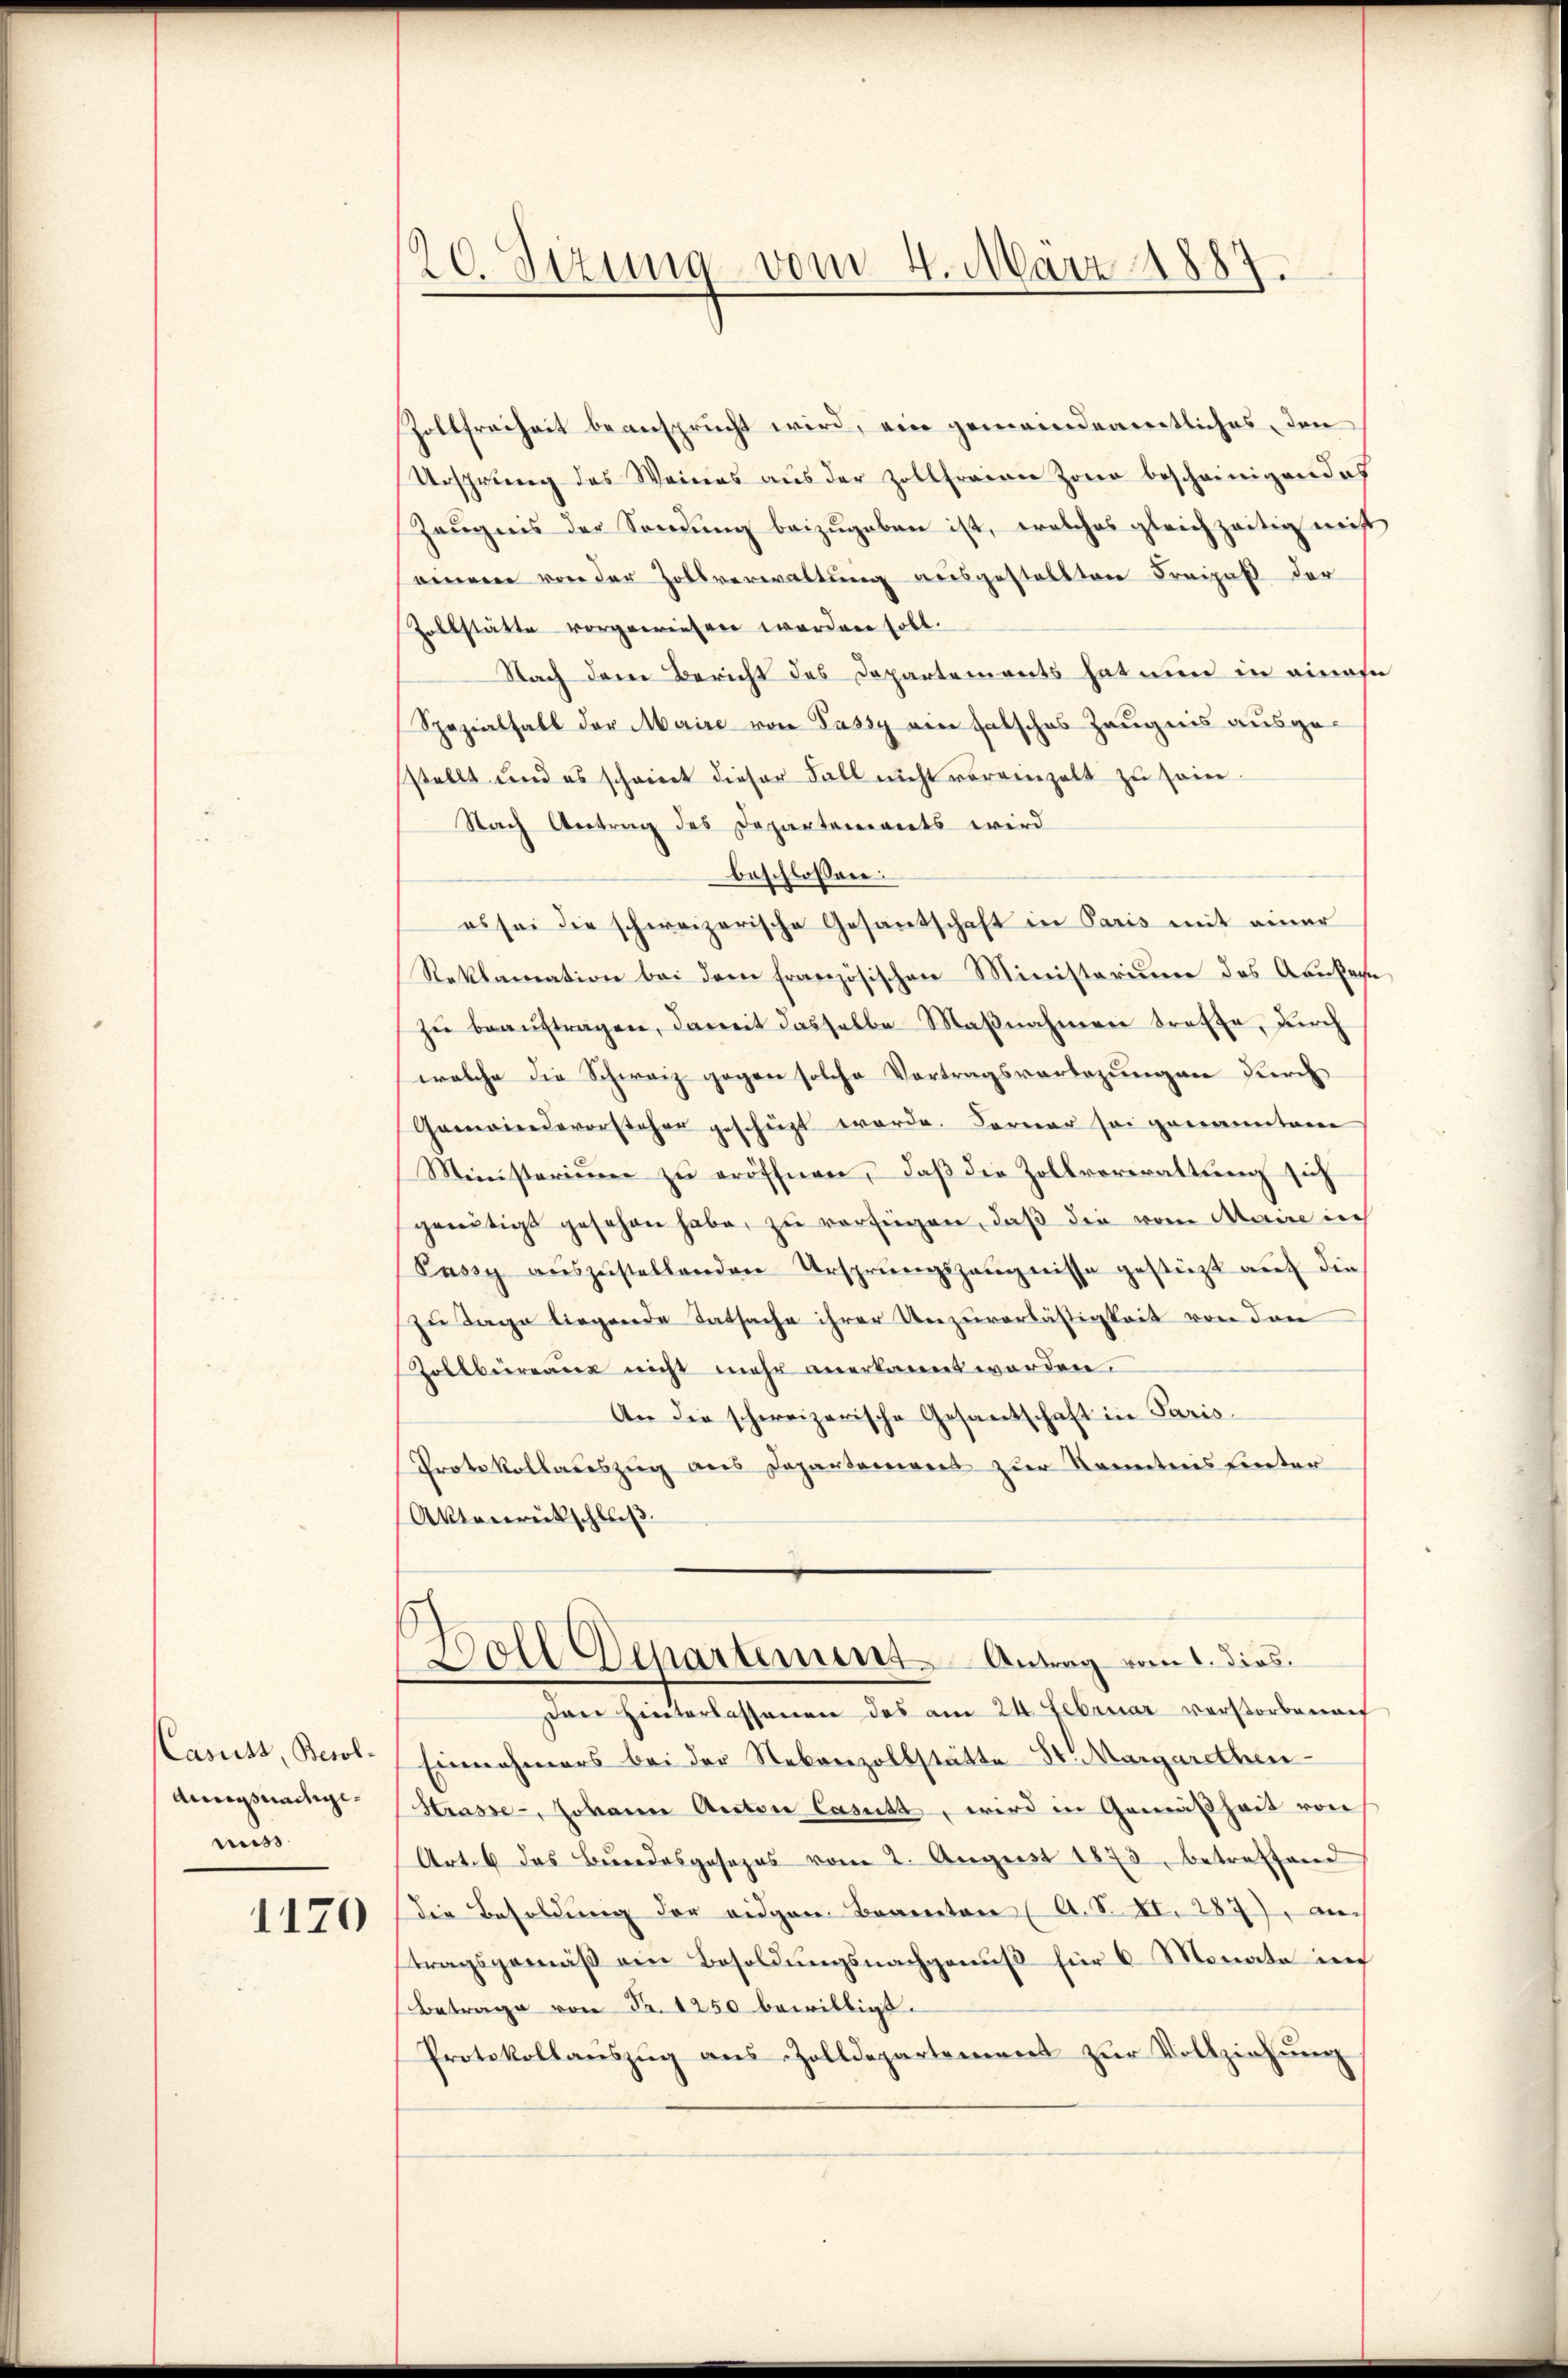
Casuss, Besoldungsnachgemiss

1170

20. Sizung vom 4. März
.

Zoltfreiheit beansprucht wird, ein gemeindeamentliches, den
Ursprung des Weines aŭs der Zollfreien Zonen bescheinigen doch
Zeugnis der Sendung beizugeben ist, welches gleichzeitig nicht
einem von der Zollverwaltung ausgestellten Freipaß der
Zollstätte vorgewiesen worden soll.
Nach dem Bericht des Departements hat nun in eines
Spezialfall der Maire von Passy ain falsches Zeugnis ausgestellt und es schwiert dieser Fall nicht voreinzelt zu sein.
Nach Antrag des Departements wird
beschlossen:
es sei die schweizerische Gesandschaft in Paris mit einer
Reklamation bei dem französischen Ministerium des Aaufen
zŭ beauftragen, damit dasselbe Maßnahmen treffe, durch
welche die Schweiz gegen solche Vortragsvorlegungen durch
Gamindevorsteher gescheizt werde. Ferner sei genannten
Ministerium zu eröffnen, daß die Zollverwaltung sich
genötigt gesehen habe, zu verfügen, daß die vom Maire in
Paszy aŭszŭstellenden Ursprungszeugnisse gestützt auf die
zu Tage liegende Tatsache ihrer Unzuverläßigkeit von den
Zollbüreaus nicht mehr anerkannt worden.
An die schweizerische Gesantschaft in Paris
Protokollauszug aus Departement zur Kenntnis hinter
Aktenrückschluß
Soll Departement Antrag vom 1. dies
Den Hinterlassenen des am 24. Februar verstorbenen
Einnahmers bei der Nebenzollstätte St. Margarethen
Strasse, Johann Actor Casutt, wird in Gemäßheit von
Art. das Bundesgesezes vom 2. August 1873, betreffend
die Besoldung der eidgen Beamten ( A. S. XI. 287), an
tragsgemäß am Besoldungsnachgenuß für 6 Monate in
Betrage von Fr. 1250 bewilligt.
Protokollauszug aus Zolldepartement zur Vollziehung